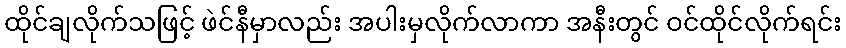
ထိုင်ချလိုက်သဖြင့် ဖဲင်နီမှာလည်း အပါးမှလိုက်လာကာ အနီးတွင် ဝင်ထိုင်လိုက်ရင်း